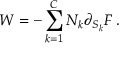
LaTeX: W = - \sum _ { k = 1 } ^ { C } N _ { k } \partial _ { S _ { k } } { \cal F } \, .